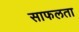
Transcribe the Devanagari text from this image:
साफलता